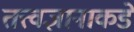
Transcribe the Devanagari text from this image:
तत्त्वज्ञानाकडे